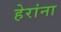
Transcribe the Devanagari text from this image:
हेरांना